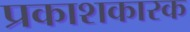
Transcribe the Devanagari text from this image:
प्रकाशकारक